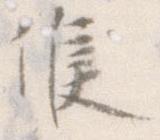
候